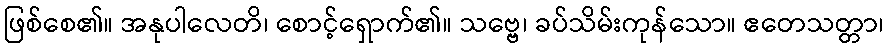
ဖြစ်စေ၏။ အနုပါလေတိ၊ စောင့်ရှောက်၏။ သဗ္ဗေ၊ ခပ်သိမ်းကုန်သော။ ဧတေသတ္တာ၊